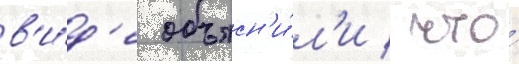
в'и́д'е объясн'и́л'и / что́